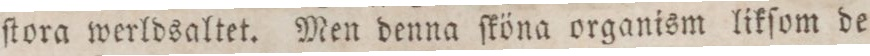
ſtora werldsaltet. Men denna ſköna, organism likſom de